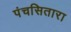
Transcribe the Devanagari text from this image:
पंचसितारा